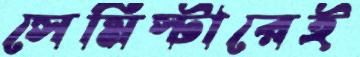
সেমিস্টারেই